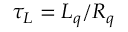
\tau _ { L } = L _ { q } / R _ { q }